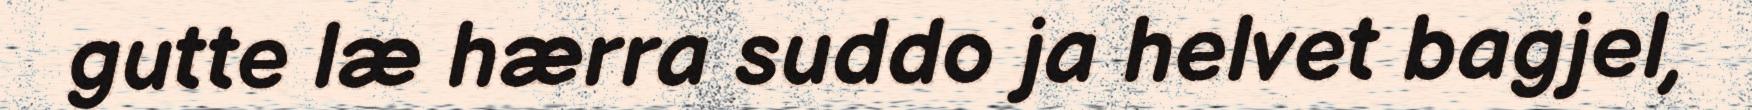
gutte læ hærra suddo ja helvet bagjel,